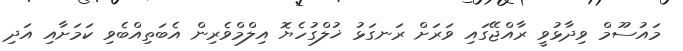
މައުސޫމް ވިދާޅުވީ ރާއްޖޭގައި ވަރަށް ރަނގަޅު ޚުލްގުހެޔޮ އިލްމްވެރިން އެބަތިއްބެވި ކަމަށާއި އަދި